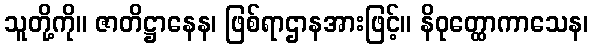
သူတို့ကို။ ဇာတိဋ္ဌာနေန၊ ဖြစ်ရာဌာနအားဖြင့်။ နိဝုတ္ထောကာသေန၊